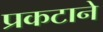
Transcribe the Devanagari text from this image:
प्रकटाने